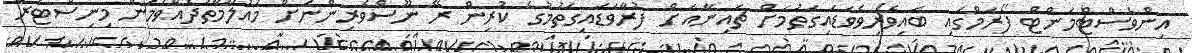
އިންވެސްޓްމަންޓް ފޯރަމްގައި ބައިވެރިވެވަޑައިގަތުމަށް ޗައިނާއަށް ފުރާވަޑައިގަތުމުގެ ކުރިން ރޭ ނޫސްވެރިންނަށް މައުުލޫމާތުދެއްވަމުން މިނިސްޓަރު